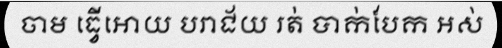
ចាម ធ្វើអោយ បរាជ័យ រត់ បាក់បែក អស់